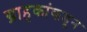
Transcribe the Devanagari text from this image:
ग्राहकांकडून